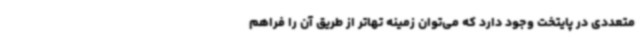
متعددی در پایتخت وجود دارد که می‌توان زمینه تهاتر از طریق آن را فراهم